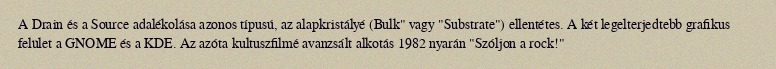
A Drain és a Source adalékolása azonos típusú, az alapkristályé (Bulk" vagy "Substrate") ellentétes. A két legelterjedtebb grafikus felület a GNOME és a KDE. Az azóta kultuszfilmé avanzsált alkotás 1982 nyarán "Szóljon a rock!"